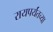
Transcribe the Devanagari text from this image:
रायपर्यंतच्या